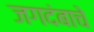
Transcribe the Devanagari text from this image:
जगदंबाचे